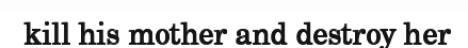
kill his mother and destroy her